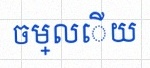
ចម្លើយ